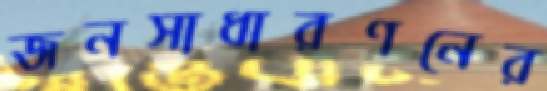
জনসাধারণনের